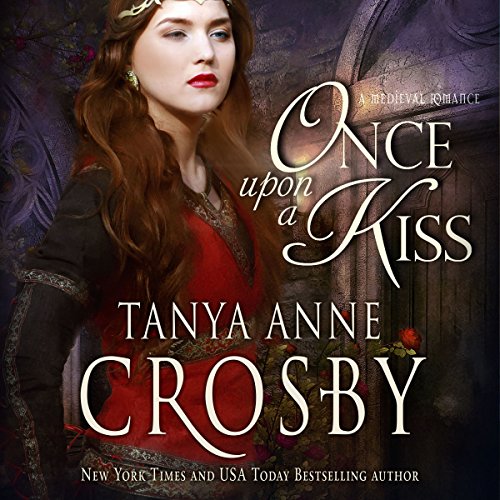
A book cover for Once Upon a Kiss; Tanya Anne Crosby; Romance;